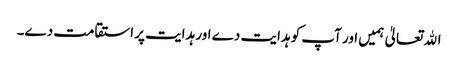
اﷲ تعالیٰ ہمیں اور آپ کو ہدایت دے اور ہدایت پر استقامت دے۔